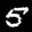
Label: 5